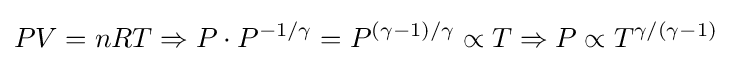
PV=nRT\Rightarrow P\cdot P^{-1/\gamma }=P^{(\gamma -1)/\gamma }\propto T\Rightarrow P\propto T^{\gamma /(\gamma -1)}